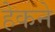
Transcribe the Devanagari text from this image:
हेकने